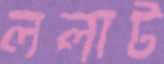
ললাট